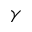
\gamma